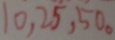
1 0 , 2 5 , 5 0 _ { \circ }